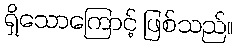
ရှိသောကြောင့် ဖြစ်သည်။